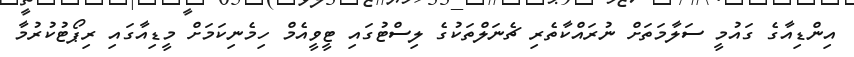
އިންޑިއާގެ ގައުމީ ސަލާމަތަށް ނުރައްކާތެރި ޗެނަލްތަކުގެ ލިސްޓުގައި ޓީވީއެމް ހިމެނިކަމަށް މީޑިއާގައި ރިޕޯޓުކުރުމާ